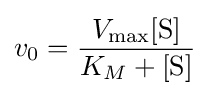
v_{0}={\frac {V_{\max }[{\mathrm {S} }]}{K_{M}+[{\mathrm {S} }]}}